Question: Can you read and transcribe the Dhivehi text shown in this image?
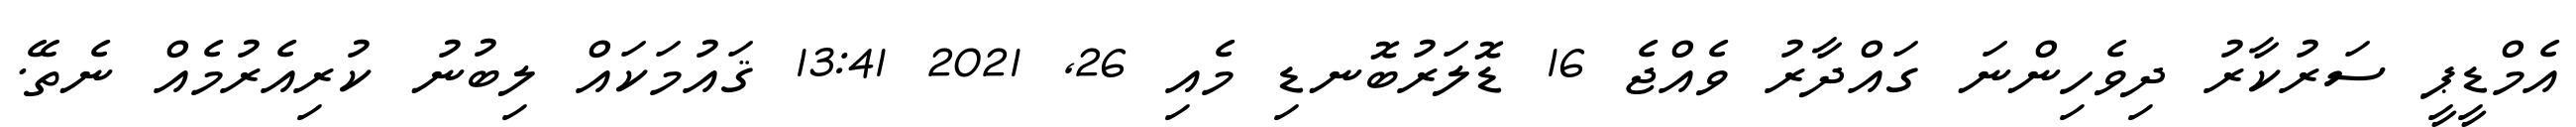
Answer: އެމްޑީޕީ ސަރުކާރު ދިވެހިންނަ ގައްދާރު ވެއްޖެ 16 ޑޮލަރުބޮނޑި މެއި 26, 2021 13:41 ޤައުމަކައް ލިބުނު ކުރިއެރުމެއް ނެތޭ.